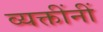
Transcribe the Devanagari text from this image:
व्यक्तींनीं